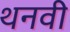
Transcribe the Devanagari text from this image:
थनवी